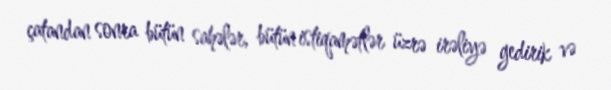
çatandan sonra bütün sahələr, bütün istiqamətlər üzrə irəliyə gedirik və